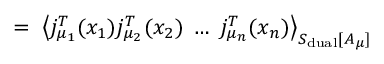
= \; \left\langle j _ { \mu _ { 1 } } ^ { T } ( x _ { 1 } ) j _ { \mu _ { 2 } } ^ { T } ( x _ { 2 } ) \; \ldots \; j _ { \mu _ { n } } ^ { T } ( x _ { n } ) \right\rangle _ { S _ { \mathrm { d u a l } } [ A _ { \mu } ] } \;